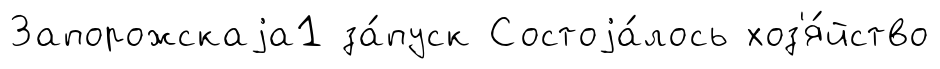
Запорожскаjа1 за́пуск Состоjа́лось хоз'я́йство